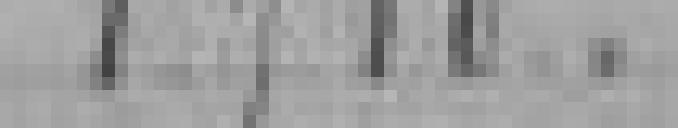
1.710